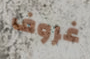
غروف